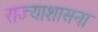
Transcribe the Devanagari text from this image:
राज्याशासना